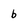
Character: b